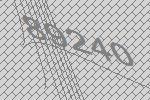
89240